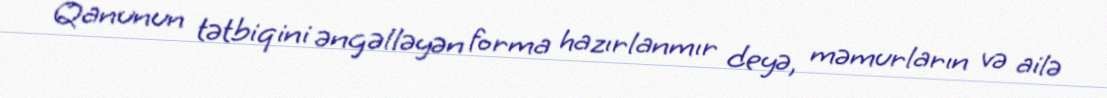
Qanunun tətbiqini əngəlləyən forma hazırlanmır deyə, məmurların və ailə